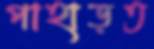
পাহাড়ত